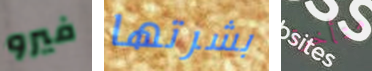
فيرو بشرتها متأخرة